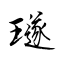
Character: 璲